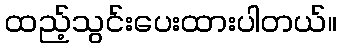
ထည့်သွင်းပေးထားပါတယ်။